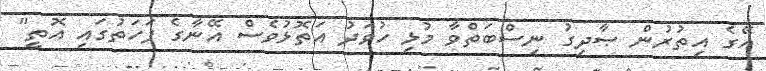
އޭގެ އިތުރުން ޞާދިގު ނިސްބަތްވާ މުޅި ހުވަދު އަތޮޅުވެސް އޭނާގެ ފަހަތުގައި އޮތީ"